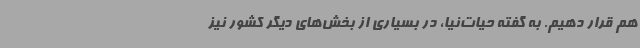
هم قرار دهیم. به گفته حیات‌نیا، در بسیاری از بخش‌های دیگر کشور نیز